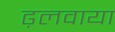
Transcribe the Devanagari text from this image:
ढ़लवाया